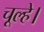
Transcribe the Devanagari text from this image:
चूल्हे।